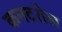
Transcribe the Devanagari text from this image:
कनटरोल